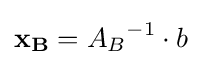
\mathbf {x_{B}} ={A_{B}}^{-1}\cdot b